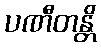
ပဏီတန္တိ